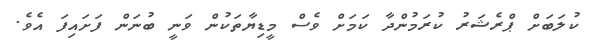
ކުލަބަށް ޕްރެޝަރު ކުރަމުންދާ ކަމަށް ވެސް މީޑިޔާތަކުން ވަނީ ބުނަން ފަށައިފަ އެވެ.